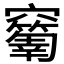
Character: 𥩅